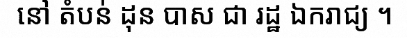
នៅ តំបន់ ដុន បាស ជា រដ្ឋ ឯករាជ្យ ។